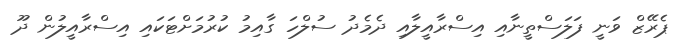
ޕެރޭޒް ވަނީ ފަލަސްތީނާއި އިސްރާއީލާއި ދެމެދު ސުލްހަ ގާއިމު ކުރުމަށްޓަކައި އިސްރާއީލުން ދޫ